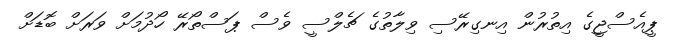
ޕީއެސްޖީގެ އިތުރުން އިނގިރޭސި ވިލާތުގެ ޗެލްސީ ވެސް ޕަސްތޯރޭ ހޯދުމަށް ވަރަށް ބޮޑަށް